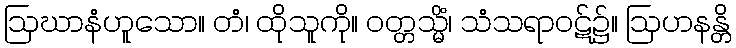
ဩဃာနံဟူသော။ တံ၊ ထိုသူကို။ ဝတ္တသ္မိံ၊ သံသရာဝဋ်၌။ ဩဟနန္တိ